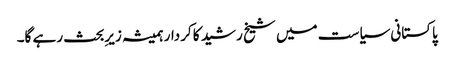
پاکستانی سیاست میں شیخ رشید کا کردار ہمیشہ زیرِبحث رہے گا۔